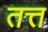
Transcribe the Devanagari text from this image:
तत्त